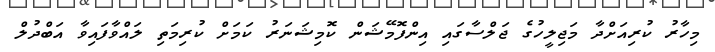
މިހާރު ކުރިއަށްދާ މަޖިލީހުގެ ޖަލްސާގައި އިންފޮމޭޝަން ކޮމިޝަނަރު ކަަމަށް ކުރިމަތި ލައްވާފައިވާ އަބްދުލް